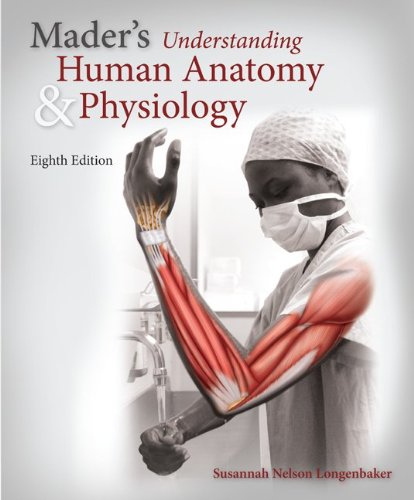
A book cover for Mader's Understanding Human Anatomy & Physiology (Mader's Understanding Human Anatomy and Physiology); Susannah Longenbaker; Medical Books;